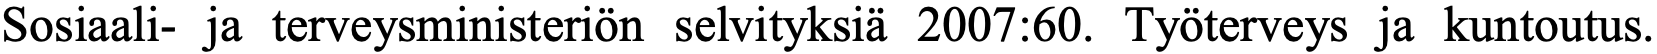
Sosiaali- ja terveysministeriön selvityksiä 2007:60. Työterveys ja kuntoutus.